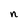
Character: n